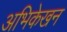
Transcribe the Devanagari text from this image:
अभिकेखन